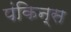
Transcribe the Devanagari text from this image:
पंकिन्स